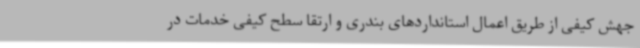
جهش کیفی از طریق اعمال استانداردهای بندری و ارتقا سطح کیفی خدمات در